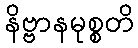
နိဗ္ဗာနမုစ္စတိ